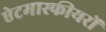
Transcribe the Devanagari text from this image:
ऐटमास्फीयरों